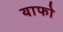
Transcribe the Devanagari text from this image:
याफो